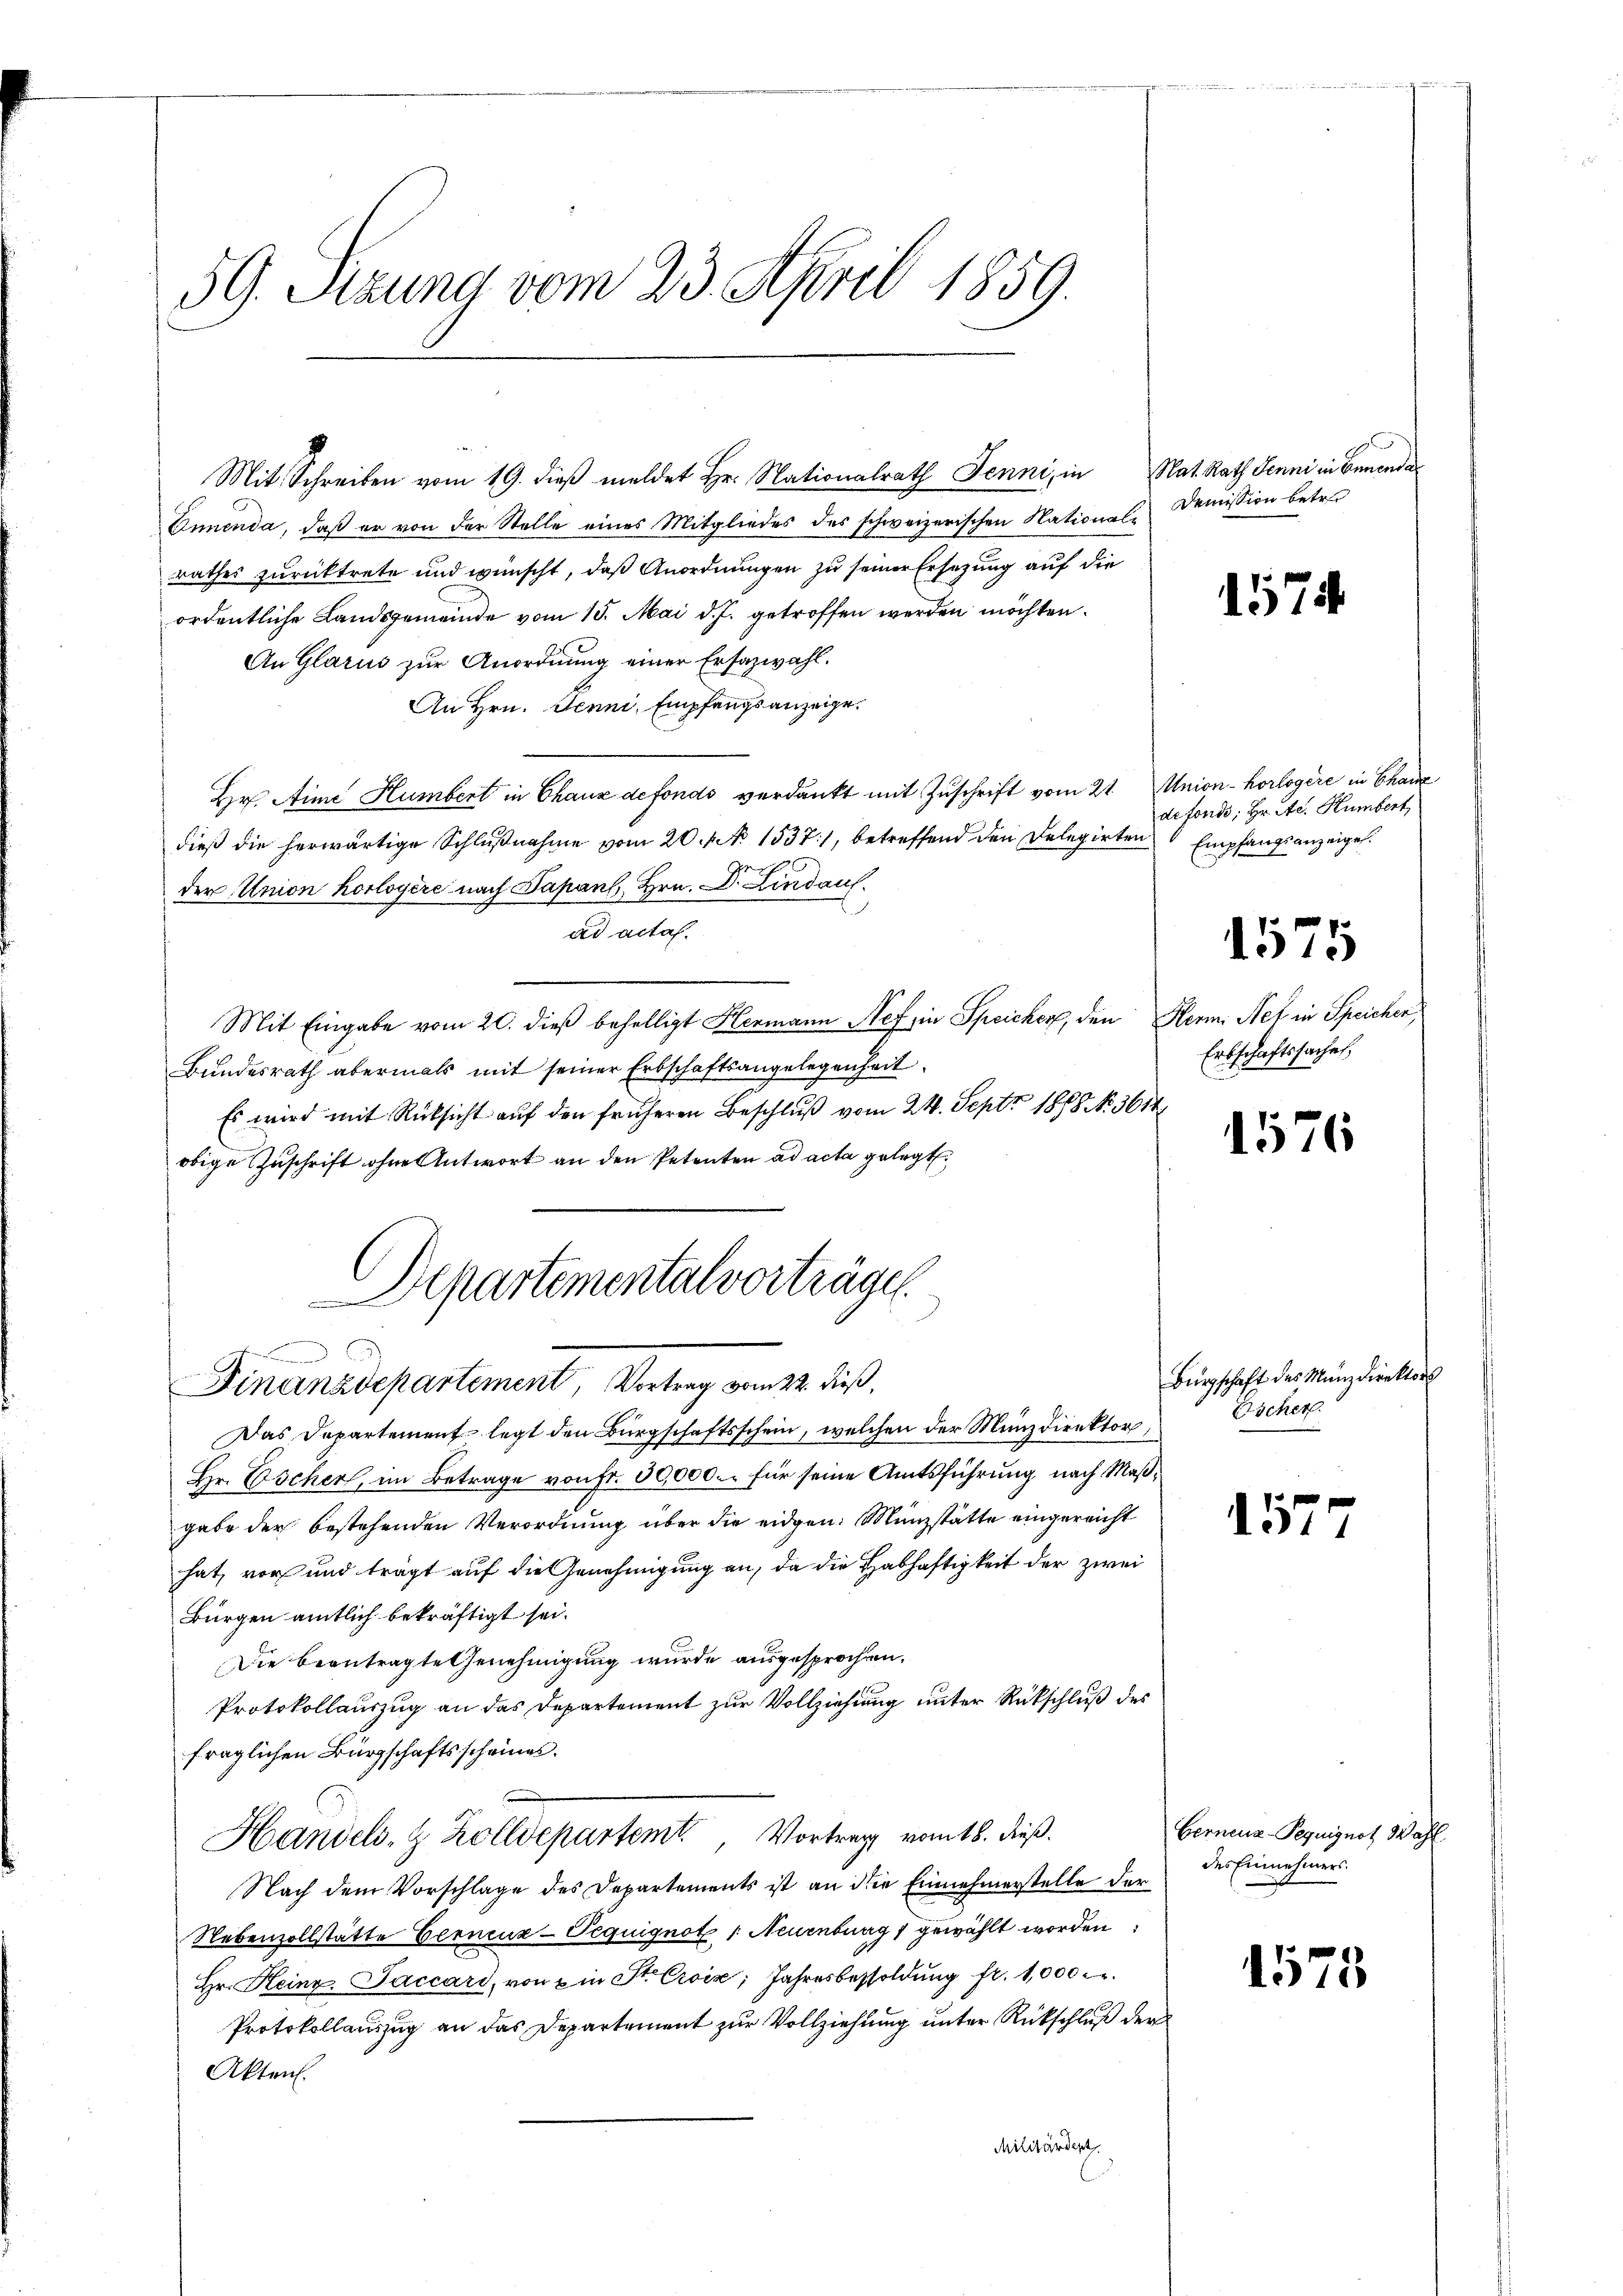
59. Sezung vom 23. April 1859.

Mit Schreiben vom 19. dieß meldet Hr. Nationalrath Jenni, in
Ennenda, daß er von der Stelle eines Mitgliedes des schweizerischen National-Demission betret
rathes zurücktrete und wünscht, daß Anordnungen zu seiner Ersetzung auf die
ordentliche Landsgemeinde vom 15. Mai d. J. getroffen werden möchten.
An Glarus zur Anordnung einer Ersazwahl.
An Hrn. Jenni, Empfangsanzeige.
Hr. Aine Humbert in Chaux defonds verdankt mit Zuschrift vom 21.
dieß die herwärtige Schlŭβnahme vom 20. No 1537), betreffend den Delegirten Empfangsanzeigel.
der Union horloyère nach Papans Hrn. Dr. Lindau.
ad acta.
Mit Eingabe vom 20. dieß behelligt Hermann Nef in Speicher, den
Bundesrath abermals mit seiner Erbschaftsangelegenheit
Es wird mit Rücksicht auf den früheren Beschluß vom 24. Sept. 1888 No. 361.
obige Zuschrift ohne Antwort an den Petenten ad acta gelegt,
Departemental vorträge.

u
Finanzdepartement, Vortrag vom 22. dieß,

Nat. Rath Jenni in Benenda

Das Departement legt den Bürgschaftsschein, welchen der Münzdirektor,
Hr. Bicher, im Betrage von fr. 30,000.- für seine Amtsführung nach Maßgabe der bestehenden Verordnung über die eidgen. Münzstätte eingereicht
hat, vor und trägt auf die Genehmigung an, da die Habhaftigkeit der zwei
Bürgen amtlich bekräftigt sei.
Die beantragte Genehmigung wurde ausgesprochen.
Protokollauszug an das Departement zur Vollziehung unter Rückschluß des
fraglichen Bürgschaftsscheines.
Handels- & Zolldepartemt, Vortrag vom 18. dieß.
Nach dem Vorschlage des Departements ist an die Einnehmerstelle der
Nebenzollstätte Eernenz-Tequignot 1. Neuenburg 1 gewählt worden
Hr. Heinr. Jaccars, von ein St. Croix, Jahresbesoldung fr. 1,000
Protokollauszug an das Departement zur Vollziehung unter Rückschluß der
Akten.
Militärdert

1574

Union-Korlogere in Chanz
defonds; Hr. A. Humbert,

1575

Herm. Nel in Speichen
Erbschaftssache,

1576

Bürgschaft des Münzdirektors
Escher.

157

Gerneuz-Pequignot Was
des Einnehmers.

1575